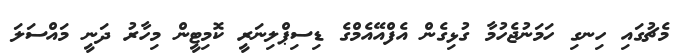
މެޗުގައި ހިނގި ހަމަނުޖެހުމާ ގުޅިގެން އެފްއޭއެމްގެ ޑިސިޕްލިނަރީ ކޮމިޓީން މިހާރު ދަނީ މައްސަލަ